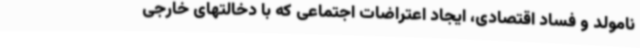
نامولد و فساد اقتصادی، ایجاد اعتراضات اجتماعی که با دخالتهای خارجی